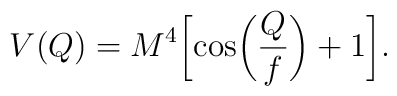
V(Q) = M^4\biggl[\cos \biggl(\frac{Q}{f}\biggr ) +1\biggr].